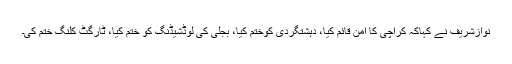
نوازشریف نے کہاکہ کراچی کا امن قائم کیا، دہشتگردی کوختم کیا، بجلی کی لوڈشیڈنگ کو ختم کیا، ٹارگٹ کلنگ ختم کی۔